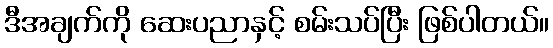
ဒီအချက်ကို ဆေးပညာနှင့် စမ်းသပ်ပြီး ဖြစ်ပါတယ်။